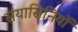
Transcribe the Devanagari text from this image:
संयासिनियों